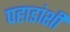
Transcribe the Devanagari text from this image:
पहाडांशी